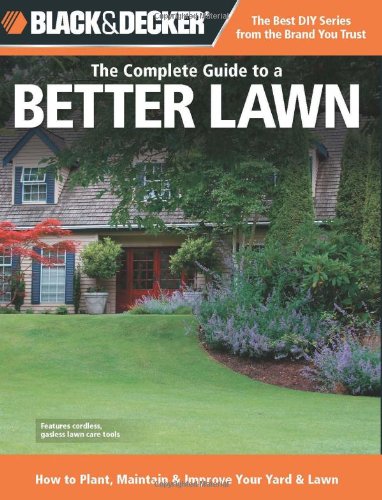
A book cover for Black & Decker The Complete Guide to a Better Lawn: How to Plant, Maintain & Improve Your Yard & Lawn (Black & Decker Complete Guide); Chris Peterson; Crafts, Hobbies & Home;